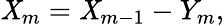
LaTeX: \mathit{X}_{m}=\mathit{X}_{m-1}-Y_{m},